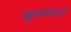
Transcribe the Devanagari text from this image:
फुलणारे